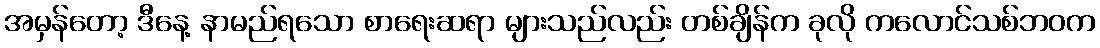
အမှန်တော့ ဒီနေ့ နာမည်ရသော စာရေးဆရာ များသည်လည်း တစ်ချိန်က ခုလို ကလောင်သစ်ဘဝက